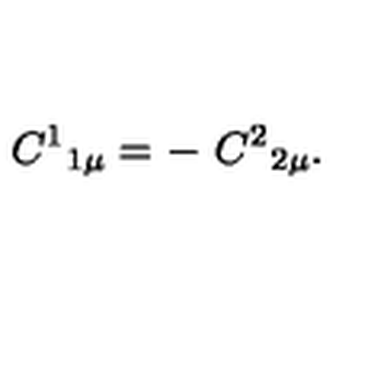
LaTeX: C ^ { 1 } { } _ { 1 \mu } = - \ C ^ { 2 } { } _ { 2 \mu } .